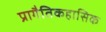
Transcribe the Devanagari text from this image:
प्रागैतिकहासिक